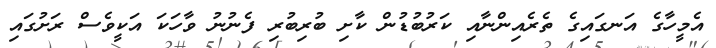
އެމީހާގެ އަނގައިގެ ތެރެއިންނާއި ކަރުބުޑުން ކާށި ބުރިބުރި ފެނުނު ވާހަކަ އަކީވެސް ރަށުގައި